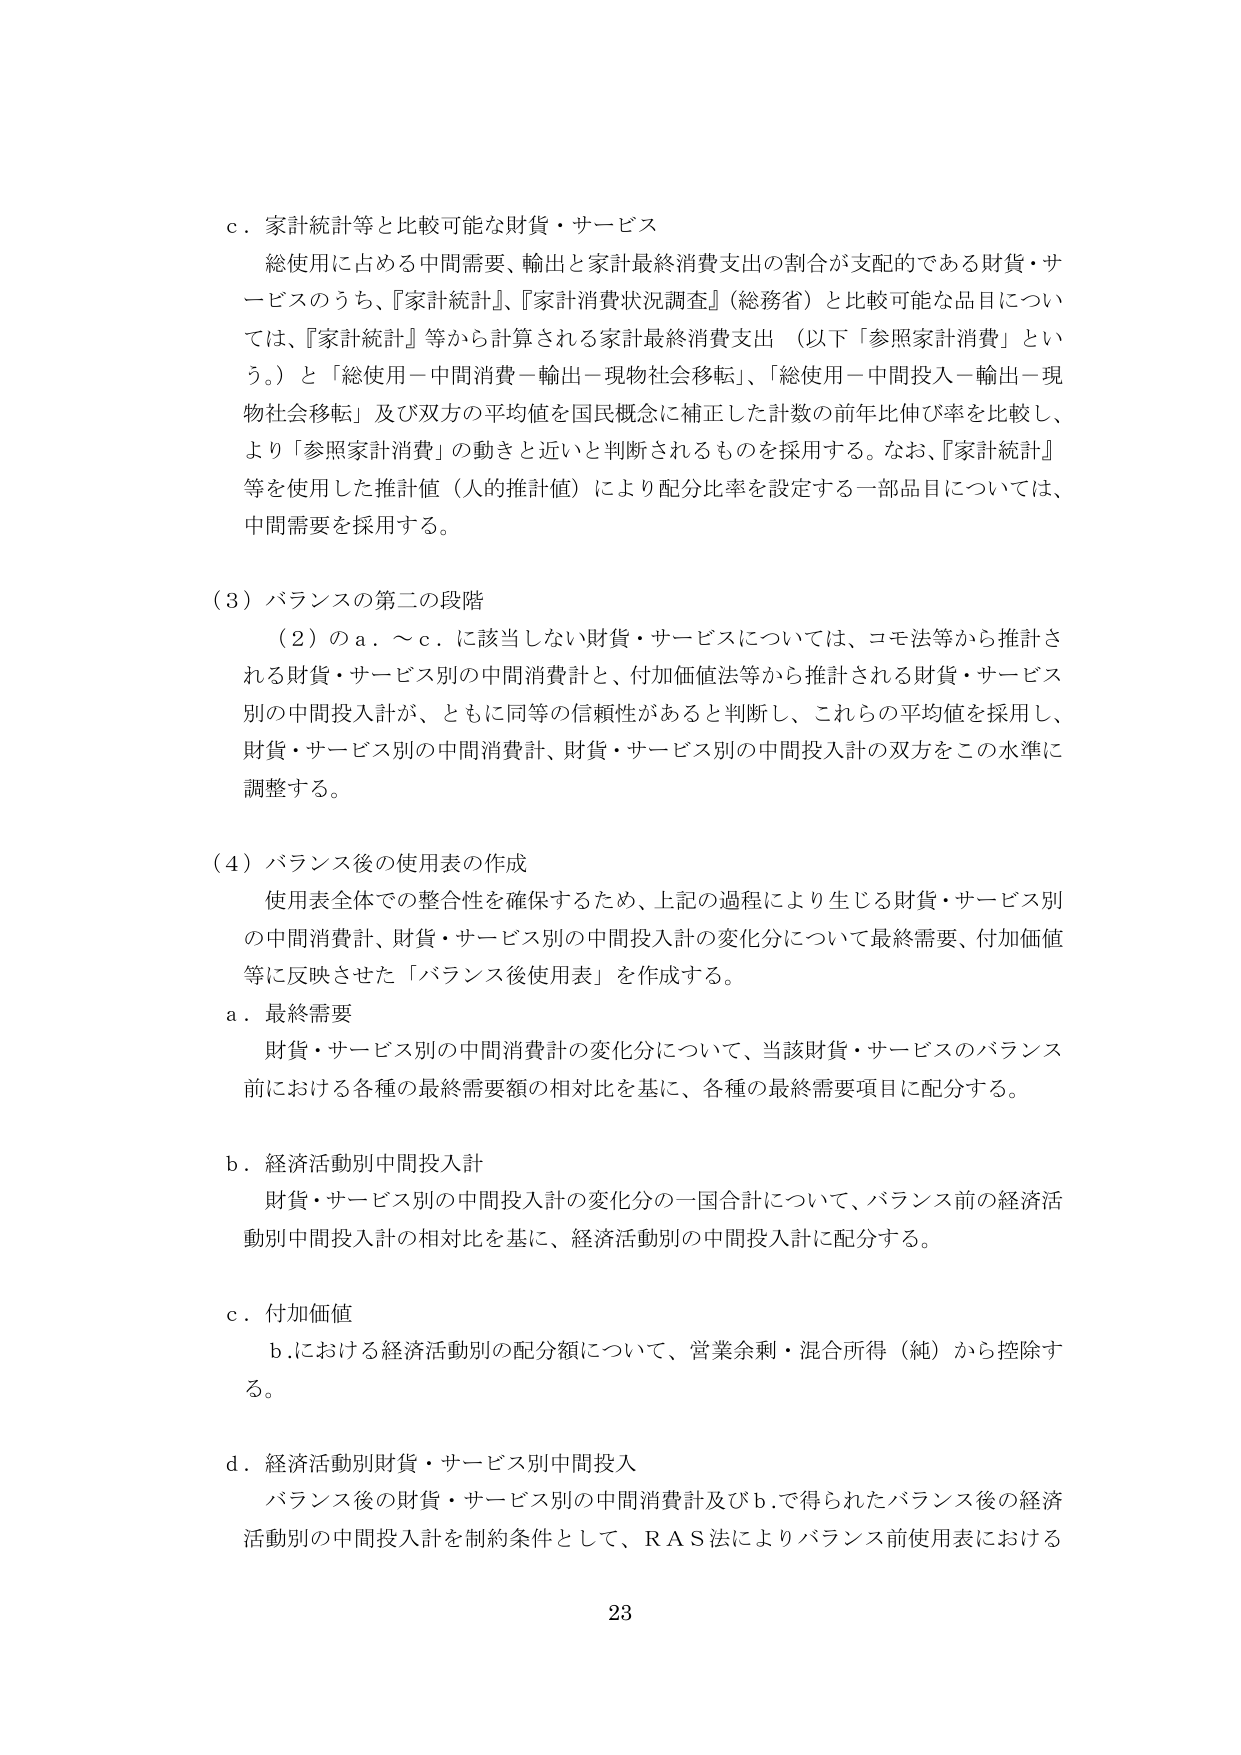
c．家計統計等と比較可能な財貨・サービス
総使用に占める中間需要、輸出と家計最終消費支出の割合が支配的である財貨・サービスのうち、『家計統計』、『家計消費状況調査』（総務省）と比較可能な品目については、『家計統計』等から計算される家計最終消費支出（以下「参照家計消費」という。）と「総使用－中間消費－輸出－現物社会移転」、「総使用－中間投入－輸出－現物社会移転」及び双方の平均値を国民概念に補正した計数の前年比伸び率を比較し、より「参照家計消費」の動きと近いと判断されるものを採用する。なお、『家計統計』等を使用した推計値（人的推計値）により配分比率を設定する一部品目については、中間需要を採用する。

（3）バランスの第二の段階
（2）のa．～c．に該当しない財貨・サービスについては、コモ法等から推計される財貨・サービス別の中間消費計と、付加価値法等から推計される財貨・サービス別の中間投入計が、ともに同等の信頼性があると判断し、これらの平均値を採用し、財貨・サービス別の中間消費計、財貨・サービス別の中間投入計の双方をこの水準に調整する。

（4）バランス後の使用表の作成
使用表全体での整合性を確保するため、上記の過程により生じる財貨・サービス別の中間消費計、財貨・サービス別の中間投入計の変化分について最終需要、付加価値等に反映させた「バランス後使用表」を作成する。
a．最終需要
財貨・サービス別の中間消費計の変化分について、当該財貨・サービスのバランス前における各種の最終需要額の相対比を基に、各種の最終需要項目に配分する。
b．経済活動別中間投入計
財貨・サービス別の中間投入計の変化分の一国合計について、バランス前の経済活動別中間投入計の相対比を基に、経済活動別の中間投入計に配分する。
c．付加価値
b．における経済活動別の配分額について、営業余剰・混合所得（純）から控除する。
d．経済活動別財貨・サービス別中間投入
バランス後の財貨・サービス別の中間消費計及びb．で得られたバランス後の経済活動別の中間投入計を制約条件として、RAS法によりバランス前使用表における

23